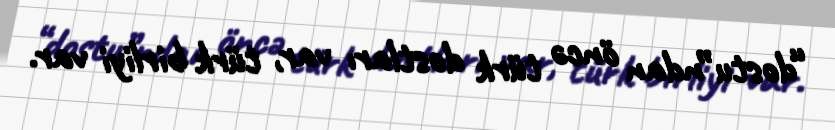
“dostu”ndan öncə türk dostları var, türk birliyi var.